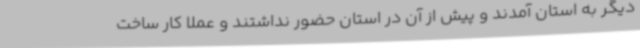
دیگر به استان آمدند و پیش از آن در استان حضور نداشتند و عملا کار ساخت